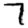
Digit: 7